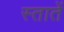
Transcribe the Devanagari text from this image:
स्तातें